Vital statistics of India. Vol. IV, Annual returns from 1871 to 1876. British Army of India, Native Army and jails of Bengal
Year: 1871
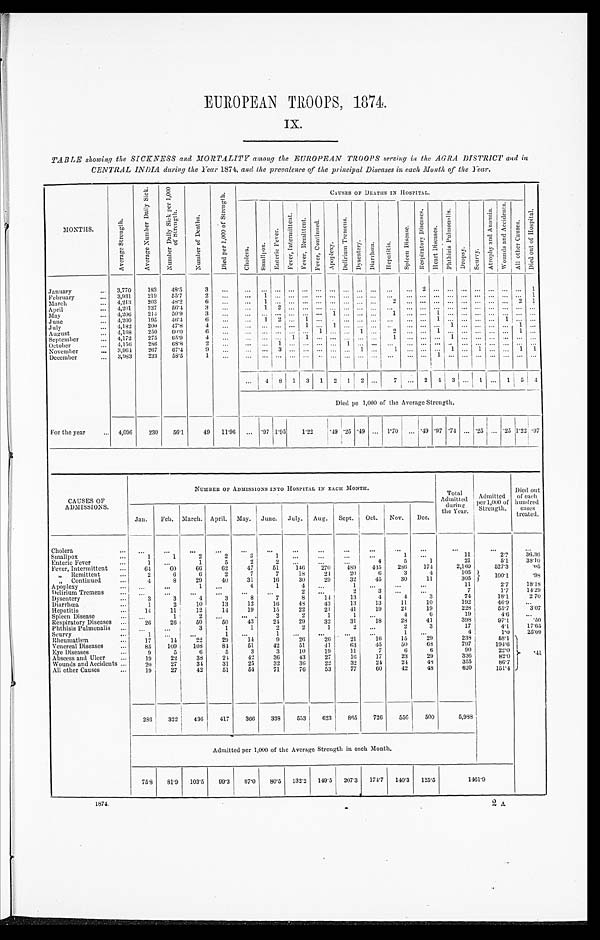
EUROPEAN TROOPS, 1874.
IX.
TABLE showing the SICKNESS and MORTALITY among the EUROPEAN TROOPS serving in the AGRA DISTRICT and in
CENTRAL INDIA during the Year 1874, and the prevalence of the principal Diseases in each Month of the Year.
M O N T H S .
A v e r a g e S t r e n g t h .
A v e r a g e N u m b e r D a i l y S i c k .
N u m b e r D a i l y S i c k p e r 1 , 0 0 0 o f S t r e n g t h .
N u m b e r o f D e a t h s .
D i e d p e r 1 , 0 0 0 o f S t r e n g t h .
C A U S E S O F D E A T H S I N H O S P I T A L .
C h o l e r a .
S m a l l p o x .
E n t e r i c F e v e r .
F e v e r , I n t e r m i t t e n t .
F e v e r , R e m i t t e n t .
F e v e r , C o n t i n u e d .
Ap o p l e x y . D e l l i r i u m T r e m e n s .
D y s e n t e r y .
D i a r r h œ a .
H e p a t i t i s .
S p l e e n D i s e a s e .
R e s p i r a t o r y D i s e a s e s .
H e a r t D i s e a s e s .
P h t h i s i s P u l m o n a l i s .
Dr opsy.
S c u r v y .
A t r o p h y a n d A n æ m i a .
W o u n d s a n d A c c i d e n t s .
A l l o t h e r C a u s e s .
D i e d o u t o f H o s p i t a l .
January . . .
3,770
183
48.5
3
. . .
. . .
. . .. . .
. . .
. . .
. . . . . . . . .
. . .
. . . . . . . . .
2
. . .
. . .
. . . . . . . . . . . . . . .
1
February . . .
3,931
219
55.7
2
. . .
. . .
1 . . .
. . .
. . .
. . . . . . . . .
. . .
. . . . . . . . . . . . . . .
. . .. . .
. . .. . .
. . . . . . 1
March . . .
4,213
203
48.2
6
. . .
. . .
1 . . .
. . .
. . . . . . . . . . . .
. . .
. . .
2 . . . . . . . . .
. . .. . .
. . .. . .
. . . 2
1
April . . .
4,201
237
56.4
3
. . .
. . .
1 2 . . . . . . . . . . . . . . . . . . . . .
. . .
. . . . . . . . .
. . . . . .
. . . . . . . . . . . .
. . .
May . . .
4,206
214
50.9
3
. . .
. . .
. . .. . .
. . .
. . .
. . . 1 . . .
. . .
. . .
1
. . . . . .
1 . . . . . . . . . . . .
. . . . . .
. . .
June . . .
4,200
195
46.4
6
. . .
. . .
1
2
. . .
1
. . . . . . . . .
. . .
. . .
. . .
. . . . . . 1
. . .. . .
. . .. . .
1 . . .
. . .
July . . .
4,182
200
47.8
4
. . .
. . .
. . . . . . . . .
1
. . .
1 . . .
. . . . . .
. . .
. . . . . . . . .
1 . . . . . . . . . . . .
1 . . .
August . . .
4,168
250
6 0 . 0
6
. . .
. . .
. . .. . .
. . .
. . . 1 . . . . . .
1
. . . . . . . . . . . . . . .
. . .. . .
. . .. . .
. . . 1 . . .
September . . .
4,172
275
65.9
4
. . .
. . .
. . . . . .
. . .
. . .
. . . . . . . . .
. . . . . .
1
. . . . . . . . .
1 . . .
. . .. . .
. . . . . . . . .
October . . .
4,156
286
6 8 . 8
2
. . .
. . .
. . .1
. . .
. . .
. . . . . . 1
. . .
. . .
. . .
. . . . . . . . .
. . . . . .
. . . . . .
. . . . . . . . .
November . . .
3,964
267
67.4
9
. . .
. . .
. . . 3
. . .
. . .
. . . . . . . . .
1
. . . 1 . . . . . . . . .
1 . . .
1 . . .
. . . 1 1
December . . .
3,983
233
58.5
1
. . .
. . .
. . . . . .
. . .
. . .
. . .
. . . . . .
. . .
. . .
. . .
. . . . . . 1
. . . . . .
. . . . . .
. . . . . . . . .
. . .
4
8
1
3
1 2
1
2 . . .
7
. . .
2 4 3
. . .
1 . . .
1
5
4
Died pe 1,000 of the Average Strength.
For the year . . .
4,096
230
56.1
49
11.96
. . . .97 1.95
1.22
.49 25 .49 . . . 1.70
. . . .49 .97
. 7 4 . . . .25 . . . .25 1.22 .97
CAUSES OF
ADMISSIONS.
NUMBER OF ADMISSIONS INTO HOSPITAL IN EACH MONTH.
Total
Admitted
during the Year.
Admitted
per 1,000 of
Strength.
Died out
of each
hundred
cases
treated.
Jan.
Feb. March. April. May.
June.
July.
Aug.
Sept.
Oct.
Nov.
Dec.
Cholera . . .
. . .
. . .
. . .
. . .
. . .
. . .
. . .
. . .
. . .
. . .
. . .
. . .
. . .
. . .
. . .
Smallpox . . .
1
1
2
2
3
1
. . .
. . .
. . .
. . .
1
. . .
11
2.7
36.36
Enteric Fever . . .
1
. . .
1
5
2
2
. . .
. . .
. . .
4
5
1
21
5.1
38.10
Fever, Intermittent . . .
64
60
66
62
47
51
140
270
489
445
286
174
2,160
527.3
.05
" Remittent . . .
2
6
6
2
7
7
18
24
20
6
3
4
105
" Continued . . .
4
8
29
40
31
16
30
29
32
45
30
11
305
100.1
.98
Apoplexy . . .
. . .
. . .
1
. . .
4
1
4
. . .
1
. . . . . .
. . .
11
2.7
18.18
Delirium Tremens . . .
. . .
. . .
. . .
. . .
. . .
. . .
2
. . .
2
3
. . .
. . .
7
1.7
14.29
Dysentery . . .
3
3
4
3
8
7
8
14
13
4
4
3
74
18.1
2.70
Diarrhœa . . .
1
2
10
13
12
16
48
43
13
13
11
10
192
46.9
. . .
Hepatitis . . .
14
11
12
14
19
15
22
21
4 1
19
21
19
228
55.7
3.07
Spleen Disease . . .
. . .
1
2
. . . . . .
2
2
1
1
. . .
1
6
19
4.6
. . .
Respiratory Diseases . . .
26
26
50
50
43
24
29
32
31
18
28
41
398
97.1
.50
Phthisis Pulmonalis . . .
. . .
. . .
3
1
1
2
2
1
2
. . .
2
3
17
4.1
17.65
Scurvy . . .
1
. . .
. . .
1
. . .
1
. . .
. . .
. . .
. . .
1
. . .
4
1 . 0
25.00
Rheumatism . . .
17
14
22
29
14
9
26
26
21
16
15
29
238
58.1
41
Venereal Diseases . . .
85
109
108
84
51
42
51
41
63
45
50
68
797
194.6
Eye Diseases . . .
9
5
6
5
3
3
10
19
11
7
6
6
90
2 2 . 0
Abscess and Ulcer . . .
19
22
38
24
42
36
43
27
16
17
23
29
336
8 2 . 0
Wounds and Accidents . . .
20
27
31
31
25
32
36
22
32
24
2 4
48
355
8 6 . 7
All other Causes . . .
19
27
42
51
54
71
76
53
77
60
42
48
620
1 5 1 . 4
286
322
436
417
366
338
553
623
865
726
556
500
5,988
Admitted per 1,000 of the Average Strength in each Month.
75.8
81.9
103.5
99.3
87.0
80.5
132.2
149.5
207.3 174.7
140.3
125.5
1461.9
1874.
2A